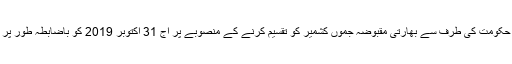
تفصیلات کے مطابق مودی حکومت کی طرف سے بھارتی مقبوضہ جموں کشمیر کو تقسیم کرنے کے منصوبے پر آج 31 اکتوبر 2019 کو باضابطہ طور پر عمل درآمد کر دیا جائے گا۔